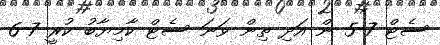
ސެޓް 7-5 ން އަދި ތިން ވަނަ ސެޓް ކާމިޔާބު ކުރީ 7-6